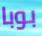
بوبا